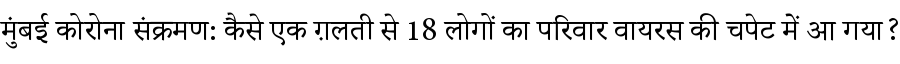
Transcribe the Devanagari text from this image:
मुंबई कोरोना संक्रमण: कैसे एक ग़लती से 18 लोगों का परिवार वायरस की चपेट में आ गया?